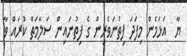
ޔާ  އަޅަމެން މިފަދަ ފިތުނަވެރިން ގެ ފިތުނައިން ސަލާމަތް ކުރައް ވާ